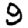
Digit: 9